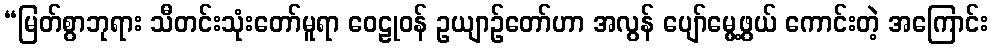
“မြတ်စွာဘုရား သီတင်းသုံးတော်မူရာ ဝေဠုဝန် ဥယျာဉ်တော်ဟာ အလွန် ပျော်မွေ့ဖွယ် ကောင်းတဲ့ အကြောင်း